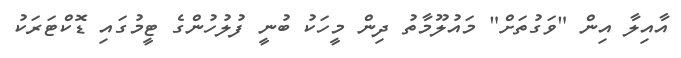
އާއިލާ އިން "ވަގުތަށް" މައުލޫމާތު ދިން މީހަކު ބުނީ ފުލުހުންގެ ޓީމުގައި ޑޮކްޓަރަކު